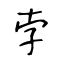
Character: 孛